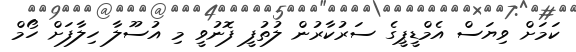
ކަމަށް ވިޔަސް އެމްޑީޕީގެ ސަރުކާރުން ލުތުފީ ފޮނުވީ މި އުސޫލާ ހިލާފަށް ހޯމް